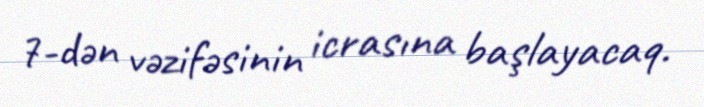
7-dən vəzifəsinin icrasına başlayacaq.